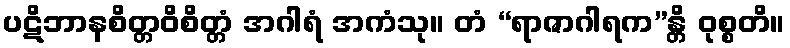
ပဋိဘာနစိတ္တဝိစိတ္တံ အဂါရံ အကံသု။ တံ “ရာဇာဂါရက”န္တိ ဝုစ္စတိ။